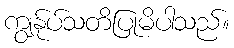
ကျွန်ုပ်သတိပြုမိပါသည်။